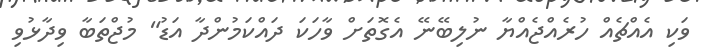
ވަކި އެއްޗެއް ހުރެއްޖެއްޔާ ނުލިބޭނޭ އެގޮތަށް ވާހަކަ ދައްކަމުންދާ އަޑު" މުޖްތަބާ ވިދާޅުވި